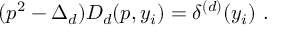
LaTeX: ( p ^ { 2 } - \Delta _ { d } ) D _ { d } ( p , y _ { i } ) = \delta ^ { ( d ) } ( y _ { i } ) \ .